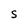
Character: S